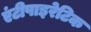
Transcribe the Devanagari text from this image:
एंटीपाइरेटिक